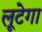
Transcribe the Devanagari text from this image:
लूटेगा